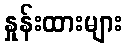
နှုန်းထားများ